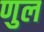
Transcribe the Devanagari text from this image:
णुल